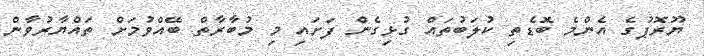
ޔޫރޮޕުގެ އެންމެ ބޮޑެތި ކުލަބުތައް ގުޅިގެން ފަށައި މި މުބާރާތް ބޭއްވުމަށް ތައްޔާރުވާން